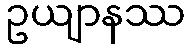
ဥယျာနဿ